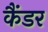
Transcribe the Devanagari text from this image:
कैंडर